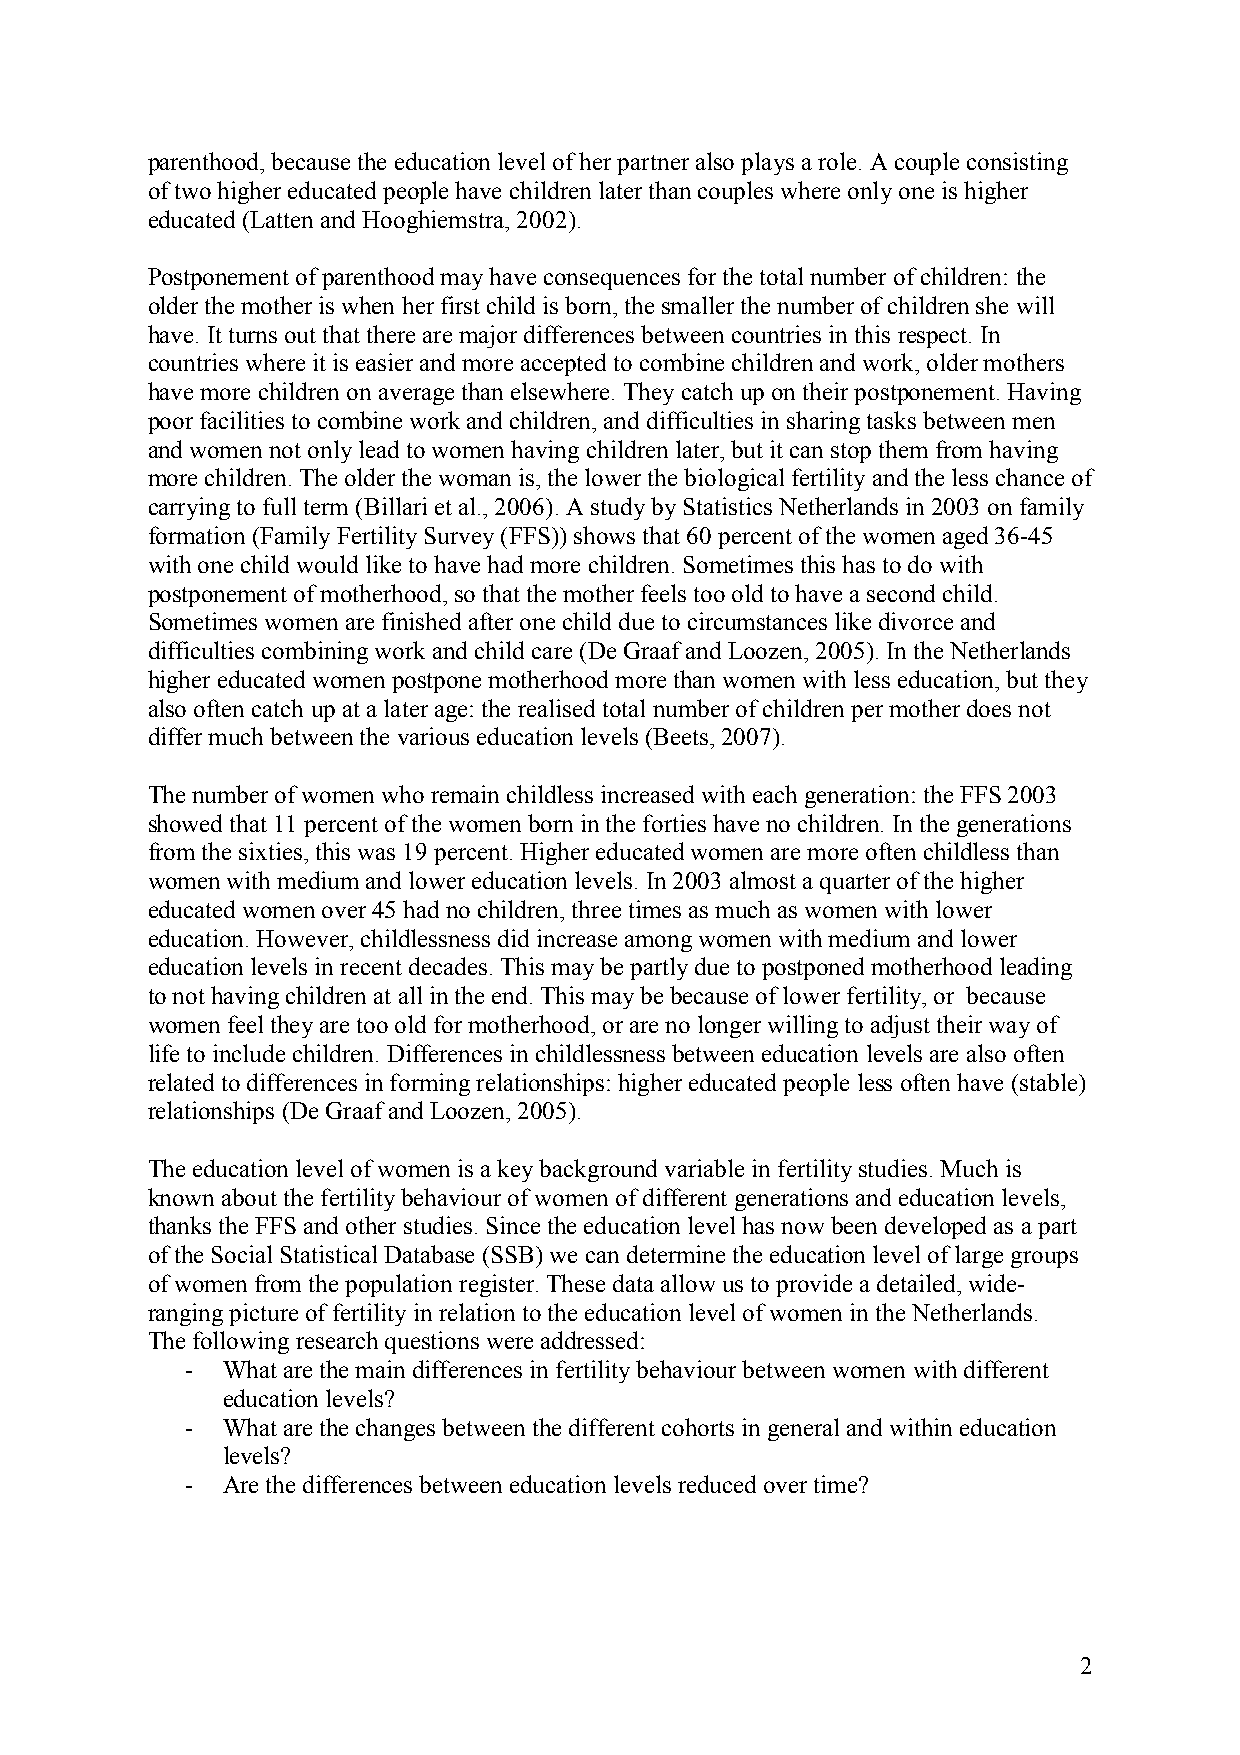
parenthood, because the education level of her partner also plays a role. A couple consisting
 of two higher educated people have children later than couples where only one is higher
 educated (Latten and Hooghiemstra, 2002).
 Postponement of parenthood may have consequences for the total number of children: the
 older the mother is when her first child is born, the smaller the number of children she will
 have. It turns out that there are major differences between countries in this respect. In
 countries where it is easier and more accepted to combine children and work, older mothers
 have more children on average than elsewhere. They catch up on their postponement. Having
 poor facilities to combine work and children, and difficulties in sharing tasks between men
 and women not only lead to women having children later, but it can stop them from having
 more children. The older the woman is, the lower the biological fertility and the less chance of
 carrying to full term (Billari et al., 2006). A study by Statistics Netherlands in 2003 on family
 formation (Family Fertility Survey (FFS)) shows that 60 percent of the women aged 36-45
 with one child would like to have had more children. Sometimes this has to do with
 postponement of motherhood, so that the mother feels too old to have a second child.
 Sometimes women are finished after one child due to circumstances like divorce and
 difficulties combining work and child care (De Graaf and Loozen, 2005). In the Netherlands
 higher educated women postpone motherhood more than women with less education, but they
 also often catch up at a later age: the realised total number of children per mother does not
 differ much between the various education levels (Beets, 2007).
 The number of women who remain childless increased with each generation: the FFS 2003
 showed that 11 percent of the women born in the forties have no children. In the generations
 from the sixties, this was 19 percent. Higher educated women are more often childless than
 women with medium and lower education levels. In 2003 almost a quarter of the higher
 educated women over 45 had no children, three times as much as women with lower
 education. However, childlessness did increase among women with medium and lower
 education levels in recent decades. This may be partly due to postponed motherhood leading
 to not having children at all in the end. This may be because of lower fertility, or because
 women feel they are too old for motherhood, or are no longer willing to adjust their way of
 life to include children. Differences in childlessness between education levels are also often
 related to differences in forming relationships: higher educated people less often have (stable)
 relationships (De Graaf and Loozen, 2005).
 The education level of women is a key background variable in fertility studies. Much is
 known about the fertility behaviour of women of different generations and education levels,
 thanks the FFS and other studies. Since the education level has now been developed as a part
 of the Social Statistical Database (SSB) we can determine the education level of large groups
 of women from the population register. These data allow us to provide a detailed, wide-
 ranging picture of fertility in relation to the education level of women in the Netherlands.
 The following research questions were addressed:
 -  What are the main differences in fertility behaviour between women with different
 education levels?
 -  What are the changes between the different cohorts in general and within education
 levels?
 -  Are the differences between education levels reduced over time?
 2